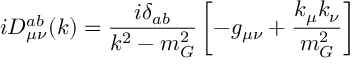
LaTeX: i D _ { \mu \nu } ^ { a b } ( k ) = \frac { i \delta _ { a b } } { k ^ { 2 } - m _ { G } ^ { 2 } } \left[ - g _ { \mu \nu } + \frac { k _ { \mu } k _ { \nu } } { m _ { G } ^ { 2 } } \right]